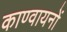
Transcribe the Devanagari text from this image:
काण्वायनों